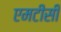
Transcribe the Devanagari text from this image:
एमटीसी